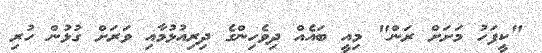
"ކީފަހު މަށަށް ރަން" މިއީ ބައެއް ދިވެހިންގެ ދިރިއުޅުމާއި ވަރަށް ގުޅުން ހުރި